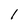
Character: I